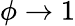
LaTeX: \phi\rightarrow 1